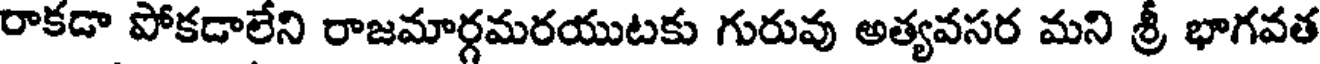
రాకడా పోకడాలేని రాజమార్గమరయుటకు గురువు అత్యవసర మని శ్రీ భాగవత